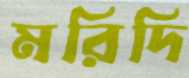
মরিদি